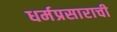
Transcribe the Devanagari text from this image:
धर्मप्रसाराची